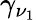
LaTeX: \gamma_{\nu_{1}}